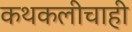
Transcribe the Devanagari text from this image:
कथकलीचाही